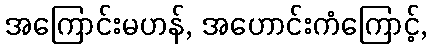
အကြောင်းမဟန်, အဟောင်းကံကြောင့်,